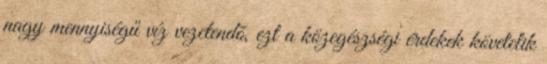
nagy mennyiségű víz vezetendõ, ezt a közegészségi érdekek követelik